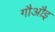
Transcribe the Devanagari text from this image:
गौऔइ